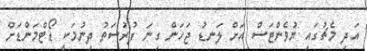
އަދި މެޗުގައި ޔުވެންޓަސް އަށް ލަނޑު ޖަހަން ގިނަ ފުރުސަތު ދިނުމަކީ ޑޯޓްމަންޑަށް